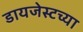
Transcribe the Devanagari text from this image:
डायजेस्टच्या